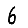
Digit: 6